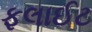
ફલાઈટ